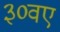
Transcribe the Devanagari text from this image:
३०वए